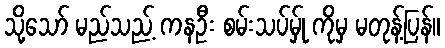
သို့သော် မည်သည့် ကနဦး စမ်းသပ်မ်ှု ကိုမှ မတုန့်ပြန်။